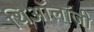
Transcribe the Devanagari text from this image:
थिऑलॉजी